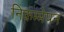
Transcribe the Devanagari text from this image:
निकम्मेपन